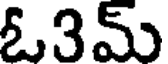
ఓ3మ్